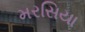
મરસિયા